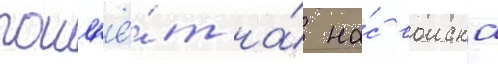
пошл'ё́т на́ на́с воиска